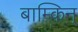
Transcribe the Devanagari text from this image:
बाम्किन्